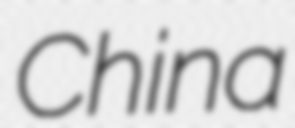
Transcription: China